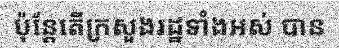
ប៉ុន្តែតើក្រសួងរដ្ឋទាំងអស់ បាន